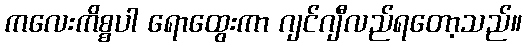
ကလေးကိစ္စပါ ရောထွေးကာ ဂျင်ဂျီလည်ရတော့သည်။